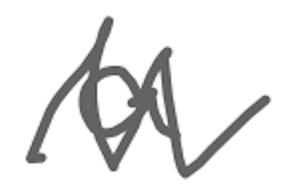
Text: a
Cross-out: zig-zag
Writing tool: digital_gray